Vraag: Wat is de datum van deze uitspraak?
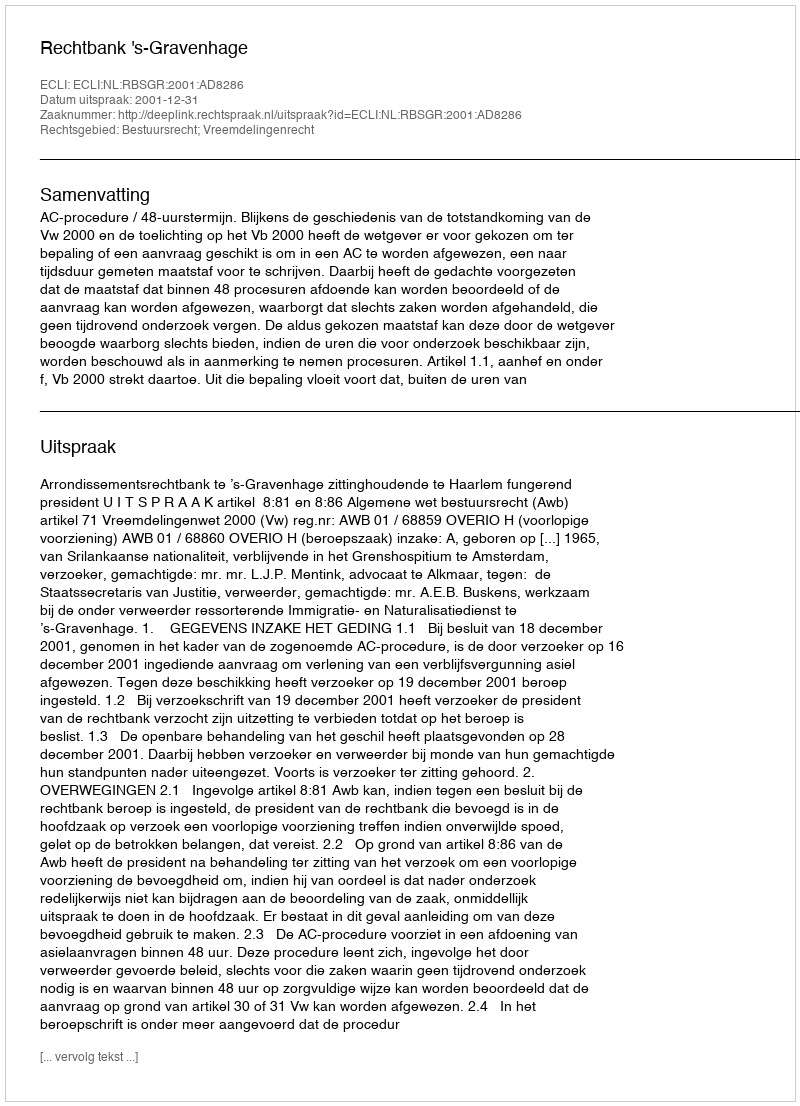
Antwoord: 2001-12-31